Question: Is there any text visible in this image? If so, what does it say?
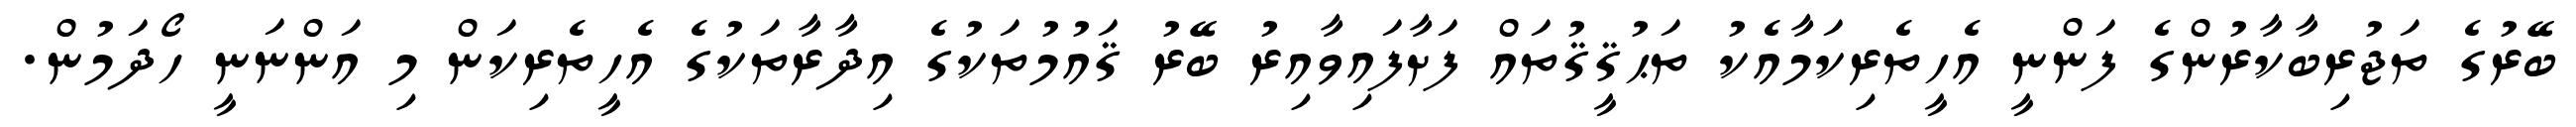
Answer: ބޭރުގެ ތަޖުރިބާކާރުންގެ ފަންނީ އެހީތެރިކަމާއެކު ތަޙުޤީޤުތައް ފަށާފައިވާއިރު ބޭރު ޤައުމުތަކުގެ އިދާރާތަކުގެ އެހީތެރިކަން މި އަންނަނީ ހޯދަމުން.